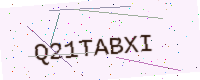
Text: Q21TABXI